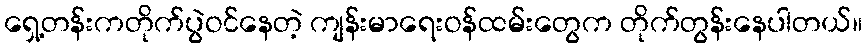
ရှေ့တန်းကတိုက်ပွဲဝင်နေတဲ့ ကျန်းမာရေးဝန်ထမ်းတွေက တိုက်တွန်းနေပါတယ်။